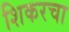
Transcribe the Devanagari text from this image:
शिकरचा